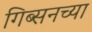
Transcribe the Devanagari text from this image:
गिब्सनच्या